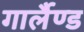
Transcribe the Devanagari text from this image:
गार्लैण्ड